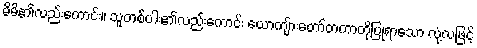
မိမိ၏လည်းကောင်း။ သူတစ်ပါး၏လည်းကောင်း ယောကျ်ားတော်တကာတို့ပြုရာသော လုံ့လဖြင့်